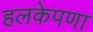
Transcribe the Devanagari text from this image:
हलकेपणा